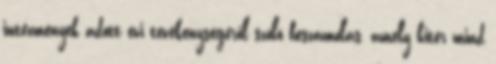
intézmények adott évi tevékenységéről szóló beszámolás, amely kitér mind